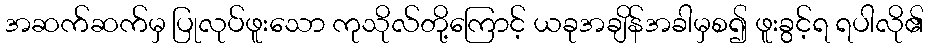
အဆက်ဆက်မှ ပြုလုပ်ဖူးသော ကုသိုလ်တို့ကြောင့် ယခုအချိန်အခါမှစ၍ ဖူးခွင့်ရ ရပါလို၏